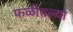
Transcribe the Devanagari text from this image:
फळीतल्या